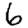
Digit: 6